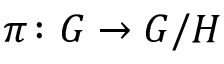
\pi \colon G \to G / H